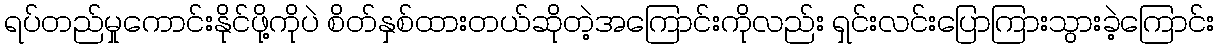
ရပ်တည်မှုကောင်းနိုင်ဖို့ကိုပဲ စိတ်နှစ်ထားတယ်ဆိုတဲ့အကြောင်းကိုလည်း ရှင်းလင်းပြောကြားသွားခဲ့ကြောင်း